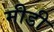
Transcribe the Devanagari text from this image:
मीडी